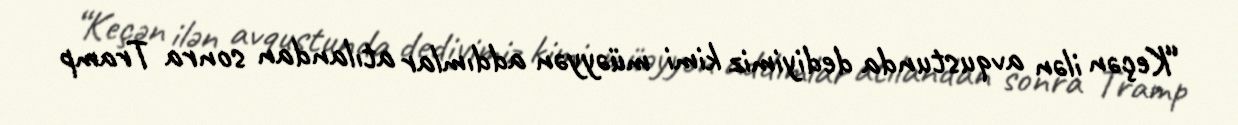
“Keçən ilən avqustunda dediyimiz kimi müəyyən addımlar atılandan sonra Tramp